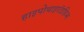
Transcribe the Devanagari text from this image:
हाइपोथाइरॉइडिज्म